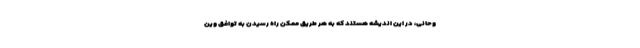
وحانی، در این اندیشه هستند که به هر طریق ممکن راه رسیدن به توافق وین